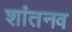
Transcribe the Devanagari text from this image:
शांतनव